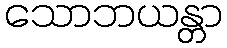
သောဘယန္တာ